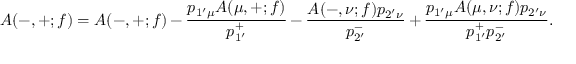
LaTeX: { \cal A } ( - , + ; f ) = { \cal A } ( - , + ; f ) - \frac { p _ { 1 ^ { \prime } \mu } { \cal A } ( \mu , + ; f ) } { p _ { 1 ^ { \prime } } ^ { + } } - \frac { { \cal A } ( - , \nu ; f ) p _ { 2 ^ { \prime } \nu } } { p _ { 2 ^ { \prime } } ^ { - } } + \frac { p _ { 1 ^ { \prime } \mu } { \cal A } ( \mu , \nu ; f ) p _ { 2 ^ { \prime } \nu } } { p _ { 1 ^ { \prime } } ^ { + } p _ { 2 ^ { \prime } } ^ { - } } .